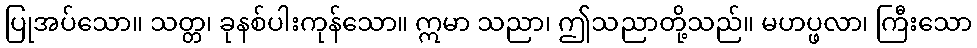
ပြုအပ်သော။ သတ္တ၊ ခုနစ်ပါးကုန်သော။ ဣမာ သညာ၊ ဤသညာတို့သည်။ မဟပ္ဖလာ၊ ကြီးသော